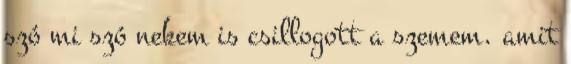
szó mi szó nekem is csillogott a szemem. amit